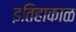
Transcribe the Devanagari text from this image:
इतिहाकाळ